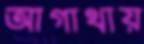
আগাথায়